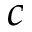
c